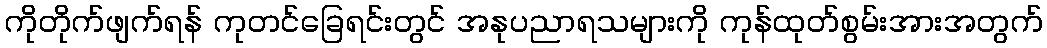
ကိုတိုက်ဖျက်ရန် ကုတင်ခြေရင်းတွင် အနုပညာရသများကို ကုန်ထုတ်စွမ်းအားအတွက်